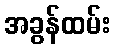
အခွန်ထမ်း